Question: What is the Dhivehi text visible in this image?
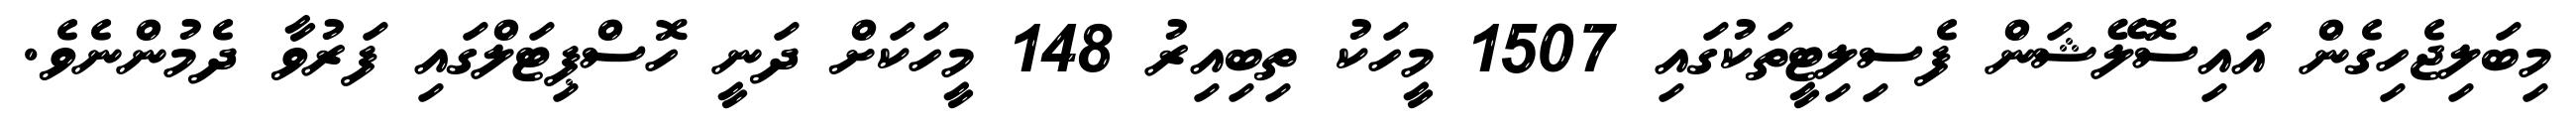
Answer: މިބަލިޖެހިގެން އައިސޮލޭޝަން ފެސިލިޓީތަކުގައި 1507 މީހަކު ތިބިއިރު 148 މީހަކަށް ދަނީ ހޮސްޕިޓަލްގައި ފަރުވާ ދެމުންނެވެ.